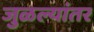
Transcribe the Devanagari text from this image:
जुळल्यांतर